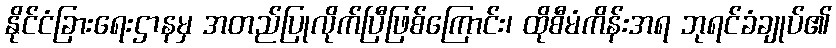
နိုင်ငံခြားရေးဌာနမှ အတည်ပြုလိုက်ပြီဖြစ်ကြောင်း၊ ထိုစီမံကိန်းအရ ဘုရင်ခံချုပ်၏